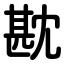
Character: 㽎